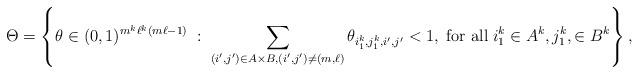
LaTeX: \begin{align*}\Theta=\left\{\theta\in(0,1)^{m^k\ell^k(m\ell-1)}\;:\;\sum_{(i',j')\in A\times B,(i',j')\neq (m,\ell)}\theta_{i_1^k,j_1^k,i',j'}<1,\;\mbox{for all}\;i_1^k\in A^k,j_1^k,\in B^k\right\},\end{align*}